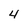
Character: 4